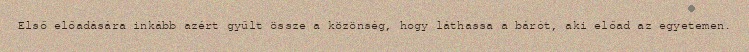
Első előadására inkább azért gyűlt össze a közönség, hogy láthassa a bárót, aki előad az egyetemen.